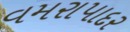
વમરાપાદર